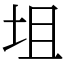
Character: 坥